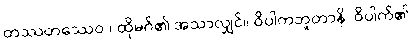
တဿတဿေဝ ၊ ထိုမဂ်၏ အသာလျှင်။ ဝိပါကဘူတာနိ၊ ဝိပါက်၏